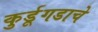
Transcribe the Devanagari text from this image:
कुर्डूगडाचे